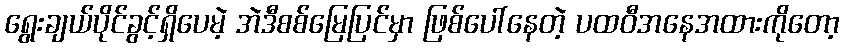
ရွေးချယ်ပိုင်ခွင့်ရှိပေမဲ့ အဲဒီစစ်မြေပြင်မှာ ဖြစ်ပေါ်နေတဲ့ ပထဝီအနေအထားကိုတော့